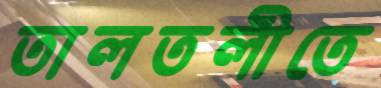
তালতলীতে